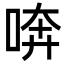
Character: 喯